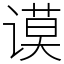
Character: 谟